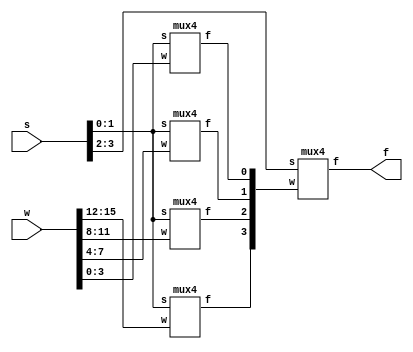
module mux16(w,s,f);
 input [0:15]w;
 input [3:0]s;
 output f;
 wire[0:3] m;
  
  mux4 a(w[0:3],s[1:0],m[0]);
  mux4 b(w[4:7],s[1:0],m[1]);
  mux4 c(w[8:11],s[1:0],m[2]);
  mux4 d(w[12:15],s[1:0],m[3]);
  mux4 e(m[0:3],s[3:2],f);
 
endmodule


module mux4(w,s,f);
 input [0:3]w;
 input [1:0]s;
 output reg f;
 
 always @(w,s)
  if(s==0)
   f=w[0];
  else if(s==1)
   f=w[1];
  else if(s==2)
   f=w[2];
  else if(s==3)
   f=w[3];
	
endmodule